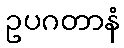
ဥပဂတာနံ